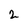
Character: 2